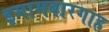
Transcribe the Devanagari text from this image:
इमामबारगाह